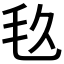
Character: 𣬨